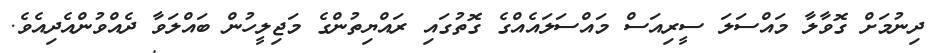
ދިނުމަށް ގޮވާލާ މައްސަލަ ސީރިއަސް މައްސަލައެއްގެ ގޮތުގައި ރައްޔިތުންގެ މަޖިލީހުން ބައްލަވާ ދެއްވުންއެދިއެވެ.